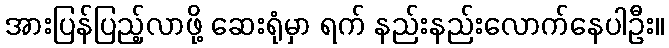
အားပြန်ပြည့်လာဖို့ ဆေးရုံမှာ ရက် နည်းနည်းလောက်နေပါဦး။